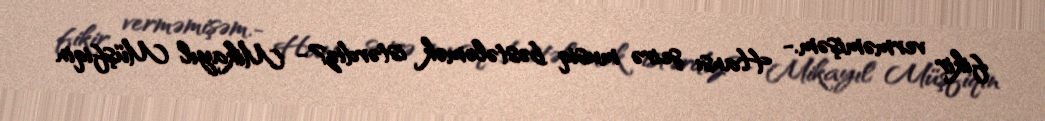
fikir verməmişəm.- Hansı şeirə musiq bəstələmək istərdiz?- Mikayıl Müşfiqin